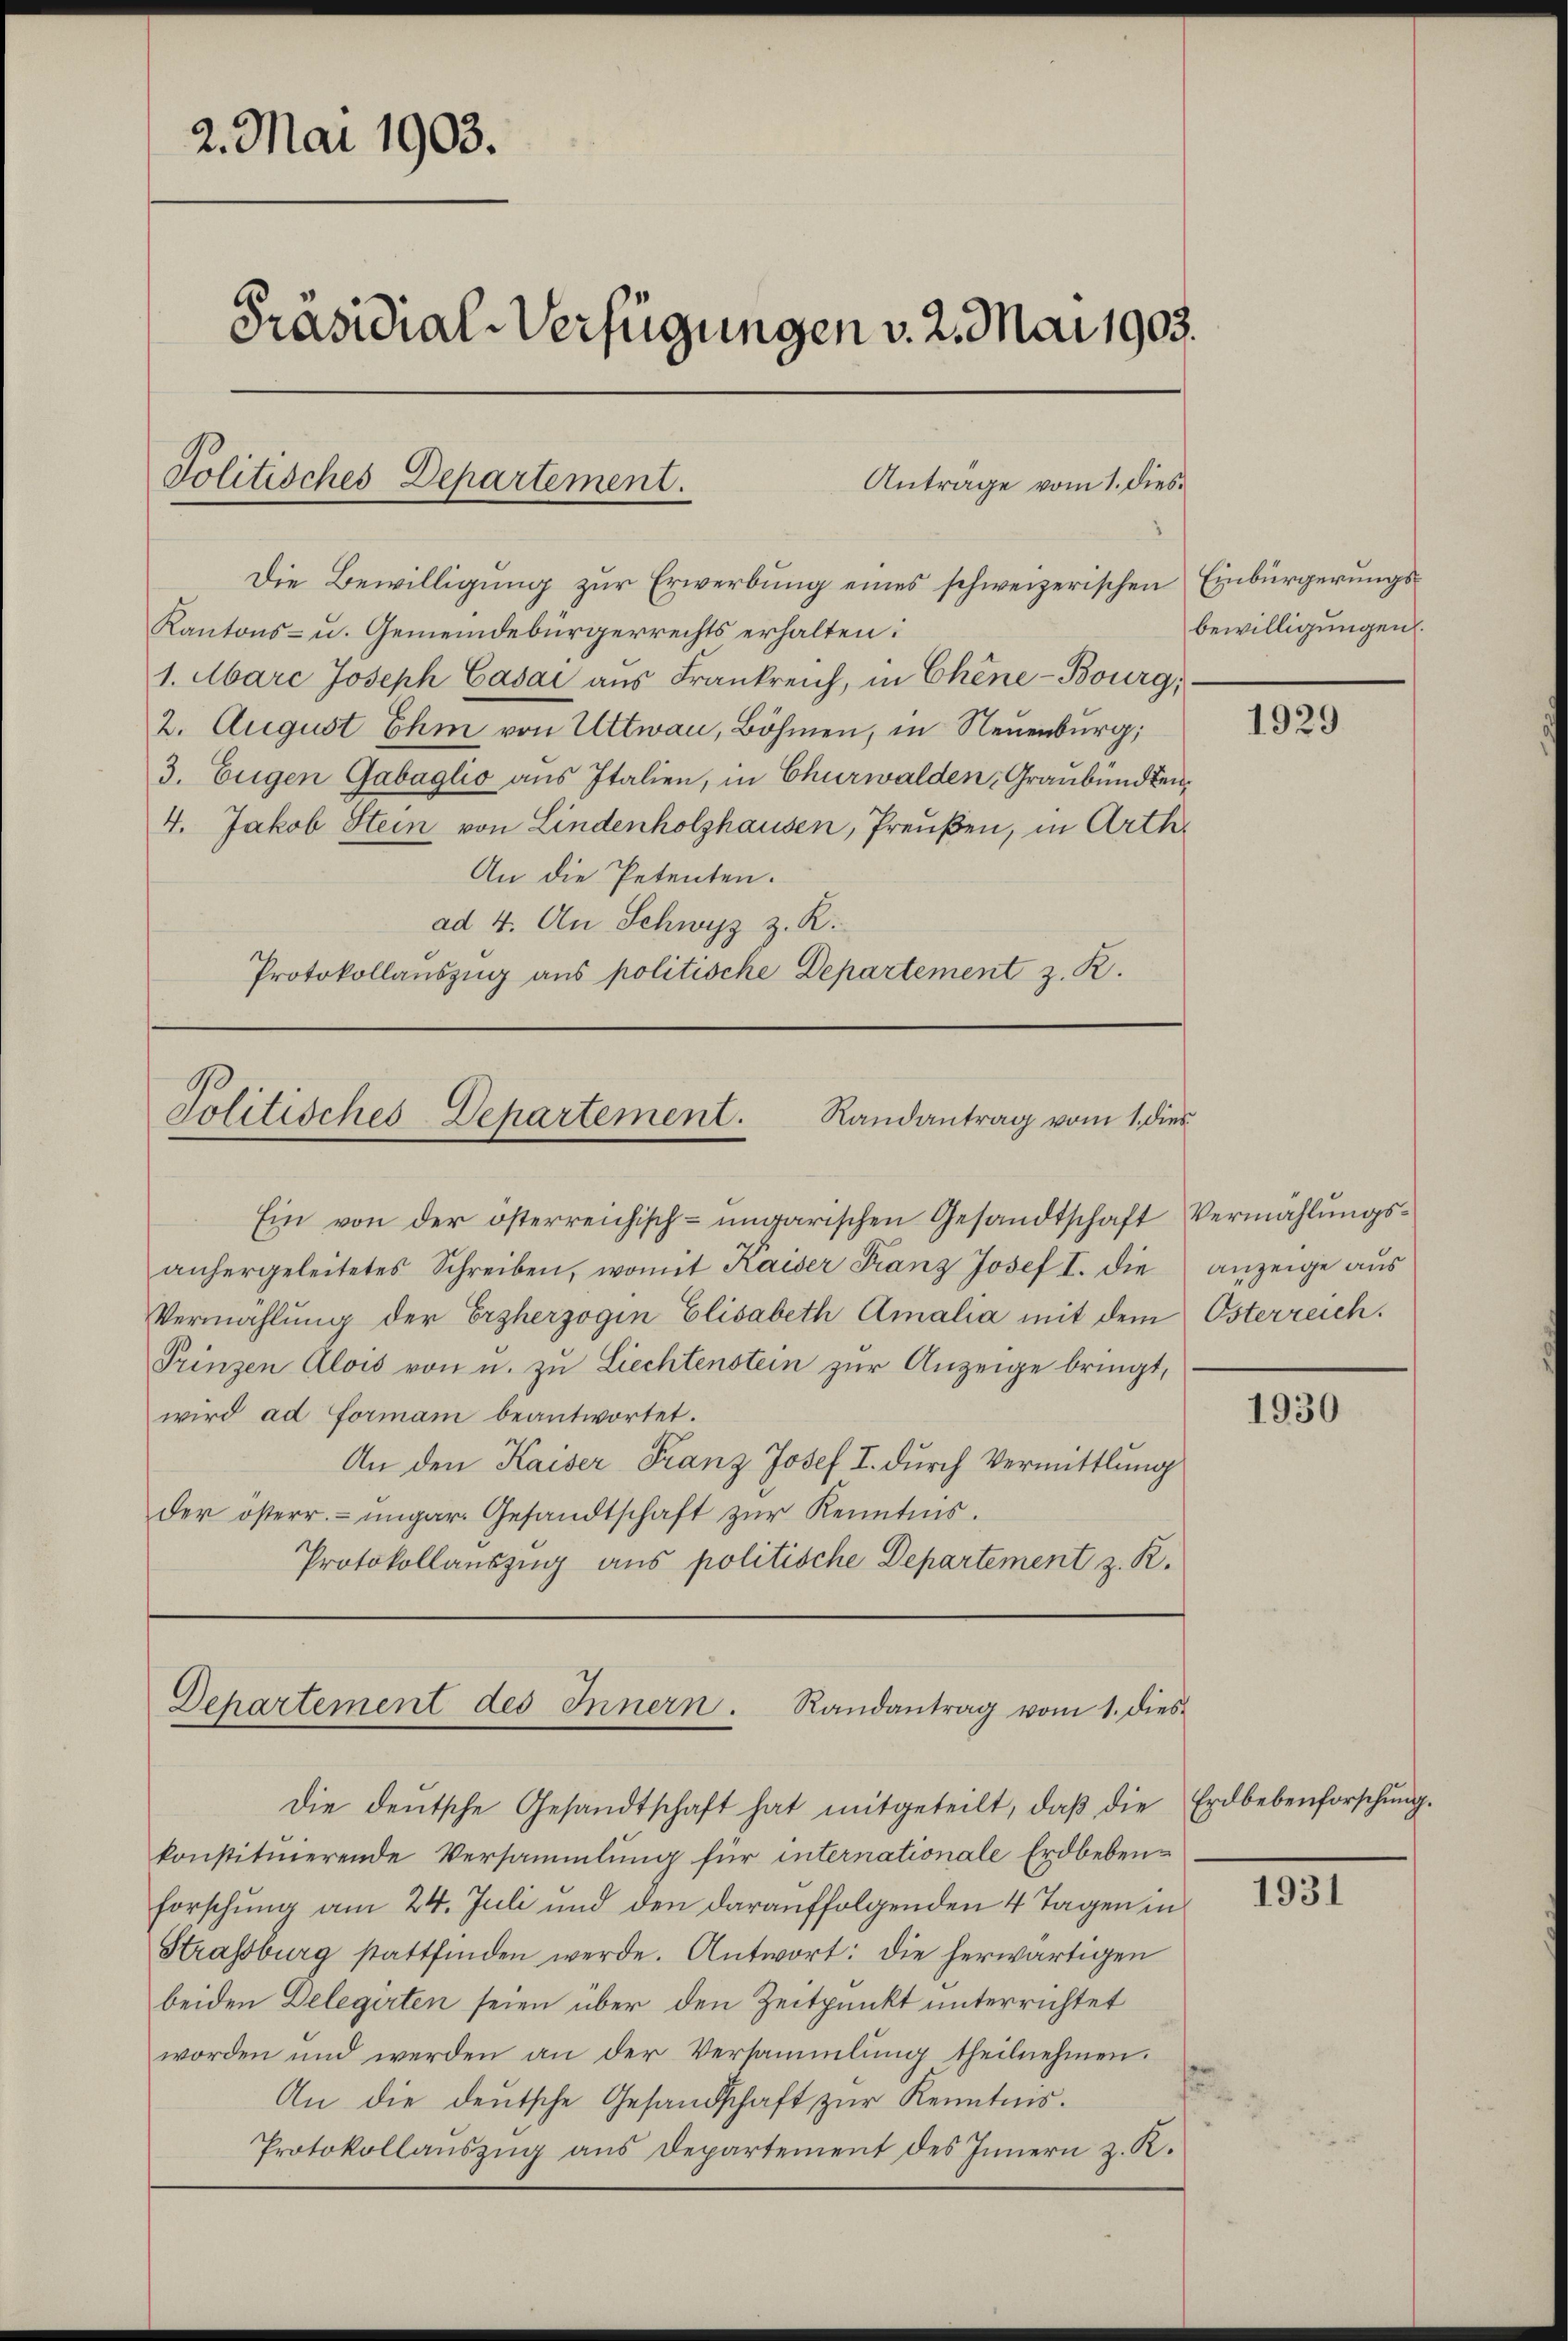
2. Mai 1903.
Präsidial-Verfügungen v. 2. Mai 1903.
Politisches Departement.
Anträge vom 1. dies¬
Die Bewilligung zur Erwerbung eines schweizerischen Einbürgerungs¬

Kantons- u. Gemeindebürgerrechts erhalten:
1. Marc Joseph Casai aus Frankreich, in Chine-Bourg,
2. August Ihm von Ultwau, Böhmen, in Neuenburg,
3. Eugen Gabaglio aus Italien, in Churwalden, Graubünden¬
4. Jakob Stein von Lindenholzhausen, Preußen, in Arth
An die Petenten.
ad 4. An Schwyz z. K.
Protokollauszug aus politische Departement z. R.

Ein von der österreichisch-ungarischen Gesandtschaft Vermählungsanhergeleitetes Schreiben, womit Kaiser Franz Josef I. die
Vermahlung der Erzherzogin Elisabeth Amalia mit dem
Prinzen Alois von u. zu Liechtenstein zur Anzeige bringt,
wird ad Forman beantwortet.
An den Kaiser Franz Josef I. durch Vermittlung
der österr. ungar. Gesandtschaft zŭr Kenntnis.
Protokollauszug aus politische Departement z. R.

Politisches-Departement. Randantrag vom 1. dies

Departement des Innern. Randantrag vom 1. dies

bewilligungen.

Die deutsche Gesandtschaft hat mitgeteilt, daβ die Erdbebenforschŭng.
konstituierende Versammlung für internationale Erdbebenforschung am 24. Juli und den darauffolgenden 4 Tagen in
Strassburg stattfinden werde. Antwort: die herwärtigen
beiden Delegirten seien über den Zeitpunkt unterrichtet
worden und werden an der Versammlung theilnehmen.
An die deutsche Gesandschaft zŭr Kenntnis.
Protokollaŭszŭg ans Departement des Innern z. K.

1929

Anzeige aus
Österreich.

1930

1931